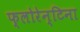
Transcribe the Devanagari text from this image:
फ्लोरेन्टिना